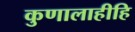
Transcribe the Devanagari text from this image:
कुणालाहीहि